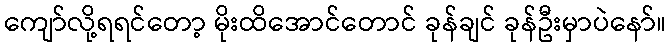
ကျော်လို့ရရင်တော့ မိုးထိအောင်တောင် ခုန်ချင် ခုန်ဦးမှာပဲနော်။